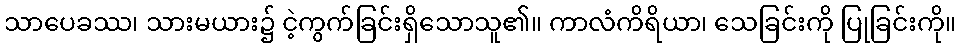
သာပေခဿ၊ သားမယား၌ ငဲ့ကွက်ခြင်းရှိသောသူ၏။ ကာလံကိရိယာ၊ သေခြင်းကို ပြုခြင်းကို။